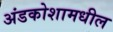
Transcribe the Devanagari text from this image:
अंडकोशामधील